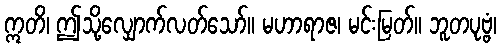
ဣတိ၊ ဤသို့လျှောက်လတ်သော်။ မဟာရာဇ၊ မင်းမြတ်။ ဘူတပုဗ္ဗံ၊